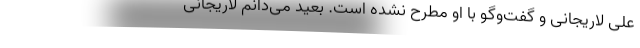
علی لاریجانی و گفت‌وگو با او مطرح نشده است. بعید می‌دانم لاریجانی